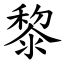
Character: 黎